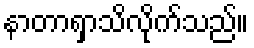
နာတာရှာသိလိုက်သည်။